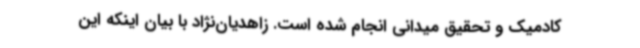
کادمیک و تحقیق میدانی انجام شده است. زاهدیان‌نژاد با بیان اینکه این